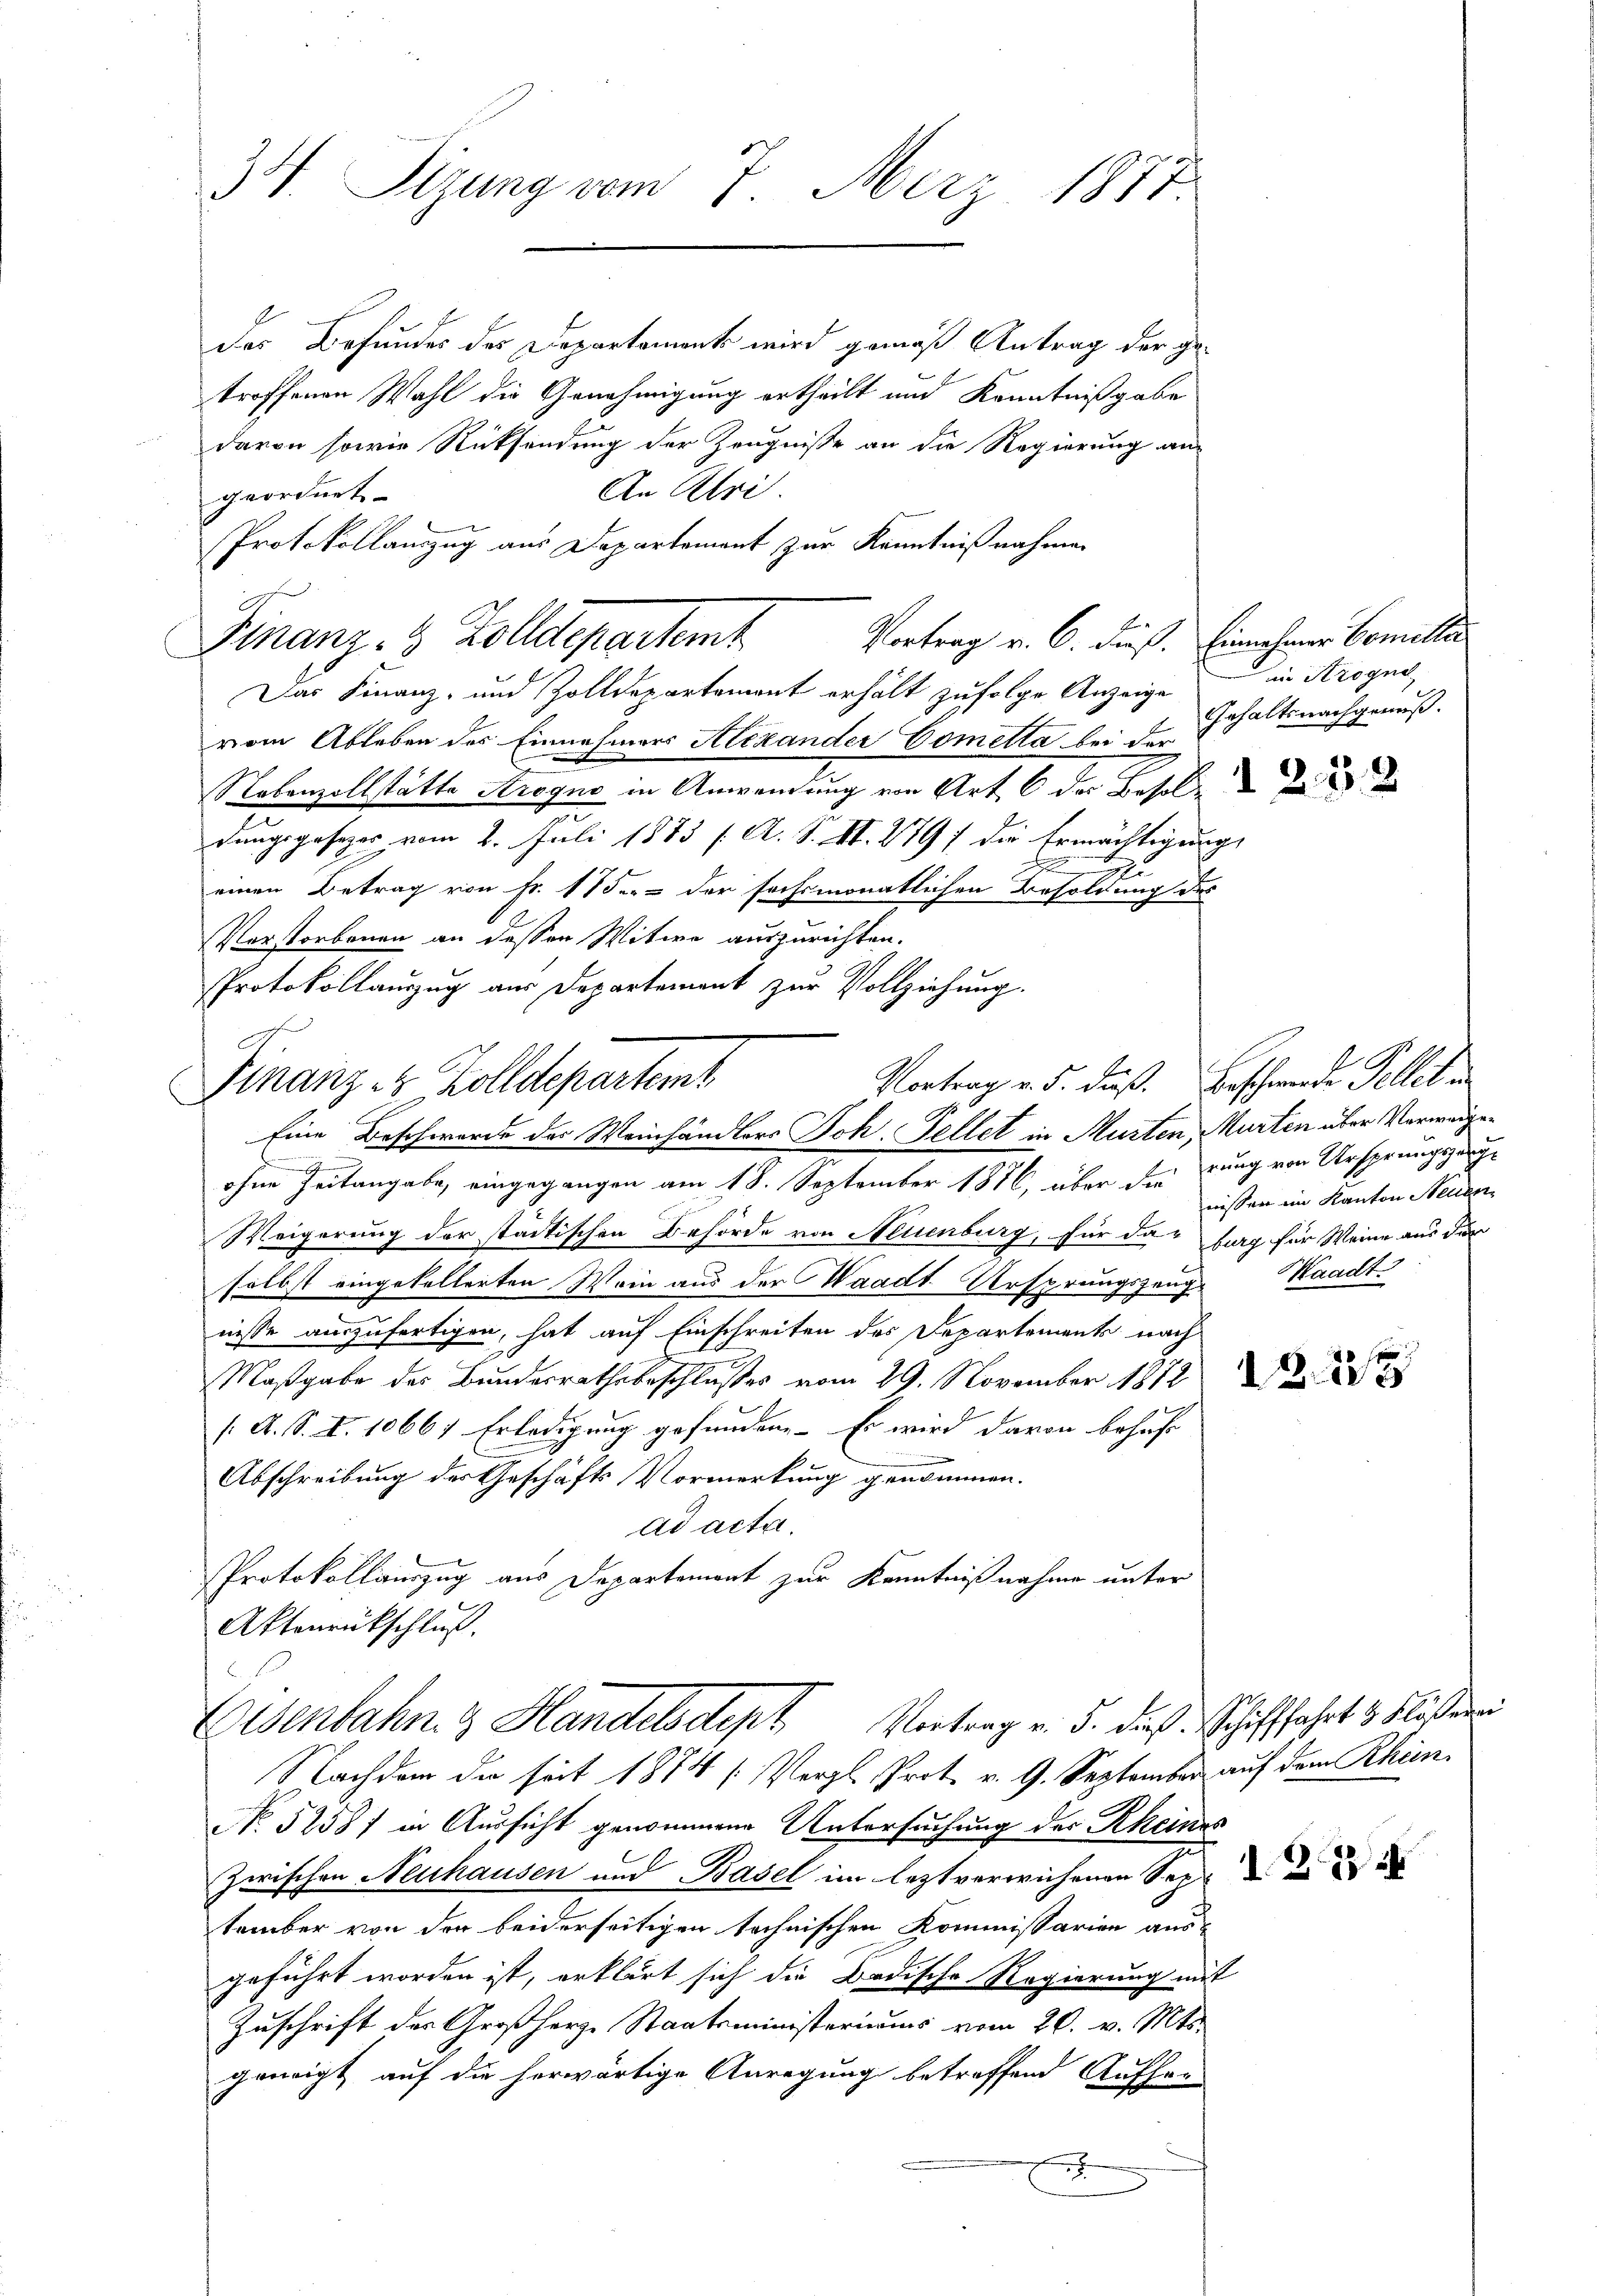
34. Sigung vom 7. März 1877.

Das Befundes des Departement wird gemäß Antrag der getroffenen Wahl die Genehmigung ertheilt und Kenntnißgabe
davon sowie Rücksendung der Zeugniße an die Regierung an
An Ulri
geordnet
Protokollauszug aus Departement zur Kenntnißnahmen
Finanz- & Zolldepartemt
Das Finanz- und Zolldepartemont erhält zufolge Anzeige
vom Ableben des Einnahmers Alexander Cometta bei der
Nebenzollstätte Arogno in Anwendung von Art. 6 der Besold
dungsgesezes vom 2. Juli 1873 /A. S. II. 279 / die Ermächtigung,
n
2
einen Betrag von Fr. 17 der der sechsmonatlichen Besoldung des
Verstorbenen an dessen Witwe auszurichten.
Protokollauszug aus Departement zur Vollziehung.
Eine Beschworde des Weinhändlers Joh. Fellet in Murten, Murten über Verweigen
.
ohne Zeitangabe, eingegangen am 18. September 1876, über die rung von Ursprungszeug¬
Weigerung der städtischen Behörde von Neuenburg, für das burg für Weine aus der
selbst eingekellerten Wein aus der Waadt Ursprungszeug- Waadt
nisse auszufertigen, hat auf Einschreiten des Departements nach
Maßgabe der Bunderrathsbeschlusses vom 29. November 1812
/A. S. I. 10667 Erledigung gefunden. Es wird davon behaft
Abschreibung des Geschäfts Vormerkung genommen.
ad acta.
Protokollauszug aus Departement zur Kenntnißnahme unter
Aktenrückschluß.
Eisenbahn & Handelsdept Vortrag v. 5. dieß. Schifffahrt 3 Flößerei
Nachdem die seit 1874 [Vergl. Prot. v. 9. September auf dem Rhein
No 52587 in Aussicht genommene Untersuchung des Rheines
zwischen Neuhausen und Basel im leztverwichenen Septe d
tember von der beiderseitigen technischen Kommissarien aus-
geführt worden ist, erklärt sich die Badische Regierung mit
Zuschrift des Großherze Staatsministeriums vom 20. v. Mts.
geneigt auf die herwärtige Anregung betreffend Aufher
.

Vortrag v. 6. dieß. Einehmer Comille

Vortrag v. 5. dieß. Beschwerden Tellet un
Finanz-8 Zolldepartem

in Krogne,
Gehaltsnachgenuß.

nissen im Kanton Neuzer